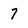
Character: 7